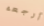
أرجعه